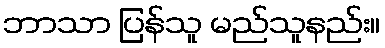
ဘာသာ ပြန်သူ မည်သူနည်း။